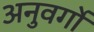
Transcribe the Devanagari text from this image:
अनुवर्गों